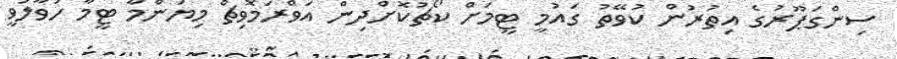
ސިންގަޕޫރުގެ އިތުރުން ކުވޭތު ގައުމީ ޓީމަށް ކޯޗުކޮށްދިން އަވްރަމޮވިޗް މިޔަންމާ ޓީމާ ހަވާލުވީ